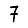
Digit: 7